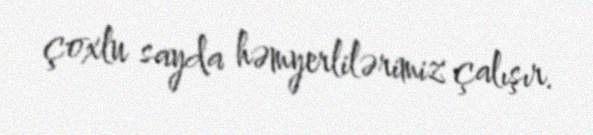
çoxlu sayda həmyerlilərimiz çalışır.